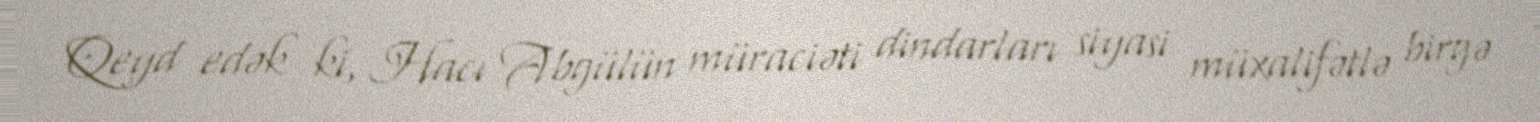
Qeyd edək ki, Hacı Abgülün müraciəti dindarları siyasi müxalifətlə birgə